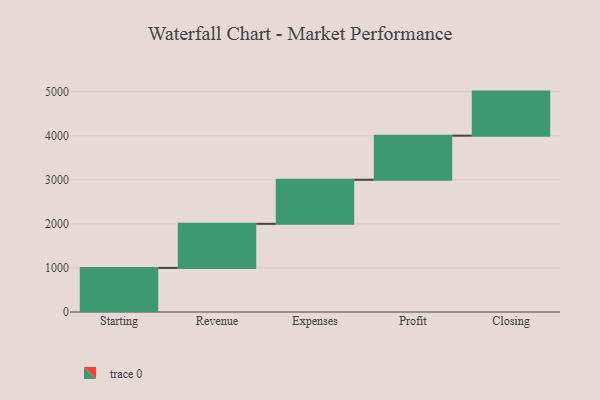
{"axis": {"x": "Step", "y": "Value"}, "legend": [""], "data": [{"x": "Starting", "y": 1000, "type": ""}, {"x": "Revenue", "y": 1000, "type": ""}, {"x": "Expenses", "y": 1000, "type": ""}, {"x": "Profit", "y": 1000, "type": ""}, {"x": "Closing", "y": 1000, "type": ""}]}